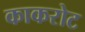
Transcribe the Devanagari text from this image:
काकरोट